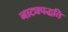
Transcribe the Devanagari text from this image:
नाट्यपद्धति